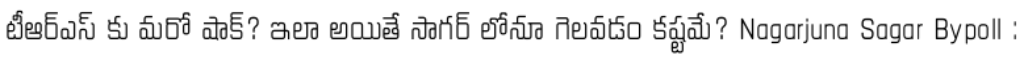
టీఆర్ఎస్ కు మరో షాక్? ఇలా అయితే సాగర్ లోనూ గెలవడం కష్టమే? Nagarjuna Sagar Bypoll :